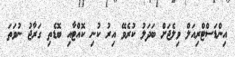
އިންޑަސްޓްރިއަލް ވިލެޖަށް ބަދަލު ކުރެވޭ އިރު ކުނި ކޮއްޓާއި ބޮޑެތި ގަރާޖު ނުވަތަ